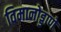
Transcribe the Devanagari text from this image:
विमानोड्डाणे